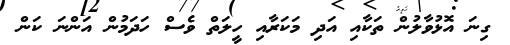
ގިނަ އޮޅުވާލުން ތަކާއި އަދި މަކަރާއި ހީލަތް ވެސް ހަދަމުން އަންނަ ކަން